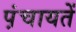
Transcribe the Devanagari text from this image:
प़ंचायतें